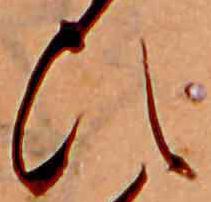
ひ